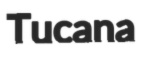
Tucana